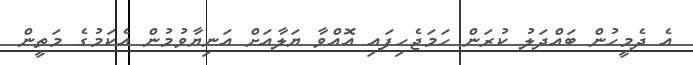
އެ ދެމީހުން ބައްދަލު ކުރަން ހަމަޖެހިފައި އޮއްވާ ޔަލާއަށް އަނިޔާވުމުން އެކަމުގެ މަތީން